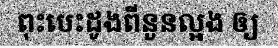
ពុះបេះដូងពីនួនល្អង ឲ្យ